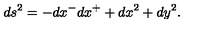
d s ^ { 2 } = - d x ^ { - } d x ^ { + } + d x ^ { 2 } + d y ^ { 2 } .